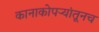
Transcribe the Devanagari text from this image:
कानाकोपऱ्यांतूनच